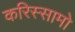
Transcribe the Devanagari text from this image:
करिस्सामो